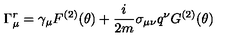
\Gamma _ { \mu } ^ { r } = \gamma _ { \mu } F ^ { ( 2 ) } ( \theta ) + \frac { i } { 2 m } \sigma _ { \mu \nu } q ^ { \nu } G ^ { ( 2 ) } ( \theta )